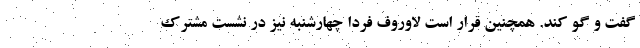
گفت و گو کند. همچنین قرار است لاوروف فردا چهارشنبه نیز در نشست مشترک